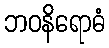
ဘဝနိရောဓံ